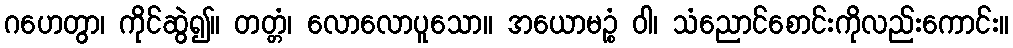
ဂဟေတွာ၊ ကိုင်ဆွဲ၍။ တတ္တံ၊ လောလောပူသော။ အယောမဉ္စံ ဝါ၊ သံညောင်စောင်းကိုလည်းကောင်း။